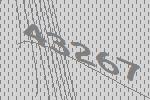
43267